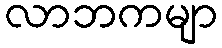
လာဘကမျာ